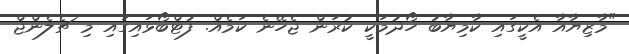
"މާޒިޔާއާ އެކީގައި ކާމިޔާބު ހޯދުމަކީ ކުރަން ޖެހޭނެ ކަމެއް. ފުޓްބޯޅައިގައި މި ޗެލެންޖް